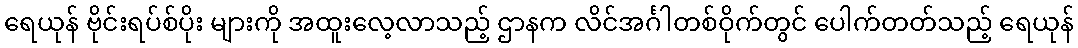
ရေယုန် ဗိုင်းရပ်စ်ပိုး များကို အထူးလေ့လာသည့် ဌာနက လိင်အင်္ဂါတစ်ဝိုက်တွင် ပေါက်တတ်သည့် ရေယုန်